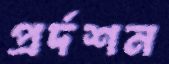
প্রর্দশন